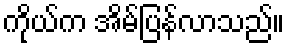
ကိုယ်က အိမ်ပြန်လာသည်။